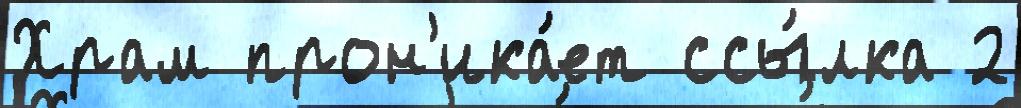
Храм прон'ика́ет ссы́лка 2